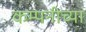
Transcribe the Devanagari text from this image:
कम्पनीच्या